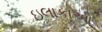
ઇલાકાઓ